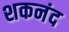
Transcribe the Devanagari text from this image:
शकनंद